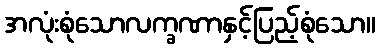
အလုံးစုံသောလက္ခဏာနှင့်ပြည့်စုံသော။